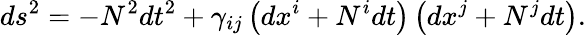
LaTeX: ds^{2}=-N^{2}dt^{2}+\gamma_{ij}\left(dx^{i}+N^{i}dt\right)\left(dx^{j}+N^{j}dt\right).